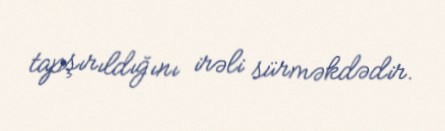
tapşırıldığını irəli sürməkdədir.